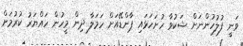
ވަނީ ފުލުހުންނަށް ޝަކުވާ ހުށަހަޅައި ޕާންޑޭއަށް ހަމަލާ ދިން މީހުން ހައްޔަރު ކުރުމަށް